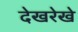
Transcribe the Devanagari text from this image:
देखरेखे